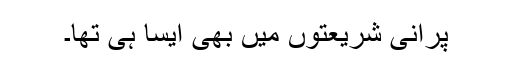
پرانی شریعتوں میں بھی ایسا ہی تھا۔